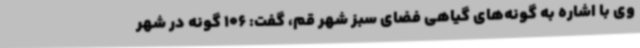
وی با اشاره به گونه‌های گیاهی فضای سبز شهر قم، گفت: 106 گونه در شهر